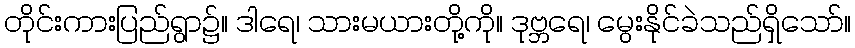
တိုင်းကားပြည်ရွာ၌။ ဒါရေ၊ သားမယားတို့ကို။ ဒုဗ္ဘရေ၊ မွေးနိုင်ခဲသည်ရှိသော်။